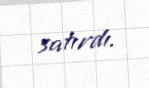
satırdı.